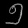
Digit: ၅